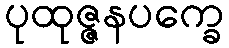
ပုထုဇ္ဇနပက္ခေ